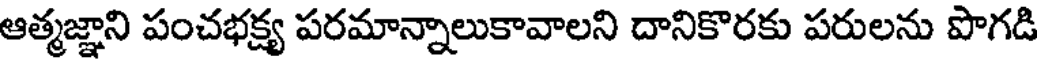
ఆత్మజ్ఞాని పంచభక్ష్య పరమాన్నాలుకావాలని దానికొరకు పరులను పొగడి